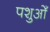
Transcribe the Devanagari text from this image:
पशुओँ